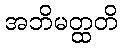
အဘိမတ္ထတိ